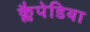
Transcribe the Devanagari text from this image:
क्लैपेडिया